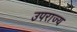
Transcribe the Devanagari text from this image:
उपराज्य